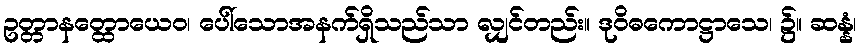
ဥတ္တာနတ္ထောယေဝ၊ ပေါ်သောအနက်ရှိသည်သာ လျှင်တည်း။ ဒုဝိဓကောဋ္ဌာသေ၊ ၌။ ဆန္နံ၊